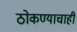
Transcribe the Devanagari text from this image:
ठोकण्याचाही